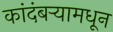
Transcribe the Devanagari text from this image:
कांदंबर्‍यामधून